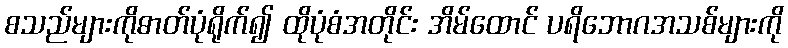
စသည်များကိုဓာတ်ပုံရိုက်၍ ထိုပုံစံအတိုင်း အိမ်ထောင် ပရိဘောဂအသစ်များကို